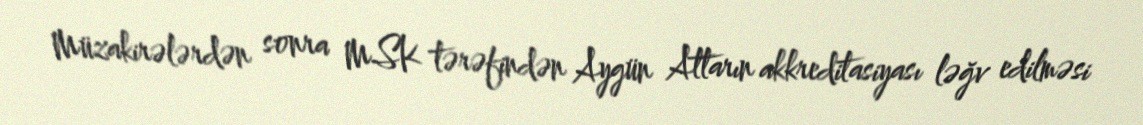
Müzakirələrdən sonra MSK tərəfindən Aygün Attarın akkreditasiyası ləğv edilməsi